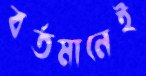
বর্তমানেই